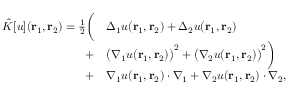
\begin{array} { r l } { \hat { K } [ u ] ( { \mathbf { r } _ { 1 } } , { \mathbf { r } _ { 2 } } ) = \frac { 1 } { 2 } \bigg ( } & { \Delta _ { 1 } u ( { \mathbf { r } _ { 1 } } , { \mathbf { r } _ { 2 } } ) + \Delta _ { 2 } u ( { \mathbf { r } _ { 1 } } , { \mathbf { r } _ { 2 } } ) } \\ { + } & { \big ( \nabla _ { 1 } u ( { \mathbf { r } _ { 1 } } , { \mathbf { r } _ { 2 } } ) \big ) ^ { 2 } + \big ( \nabla _ { 2 } u ( { \mathbf { r } _ { 1 } } , { \mathbf { r } _ { 2 } } ) \big ) ^ { 2 } \bigg ) } \\ { + } & { \nabla _ { 1 } u ( { \mathbf { r } _ { 1 } } , { \mathbf { r } _ { 2 } } ) \cdot \nabla _ { 1 } + \nabla _ { 2 } u ( { \mathbf { r } _ { 1 } } , { \mathbf { r } _ { 2 } } ) \cdot \nabla _ { 2 } , } \end{array}